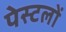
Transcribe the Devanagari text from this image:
पेस्टलों